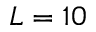
L = 1 0